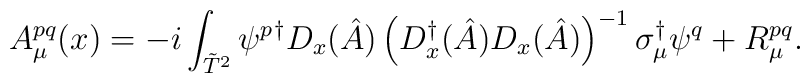
A_\mu^{pq}(x)=-i \int_{\tilde T^2}  \psi^p{}^\dagger D_x(\hat A)\left(D_x^\dagger(\hat A)D_x(\hat A)\right)^{-1}\sigma^\dagger_\mu\psi^q +R_\mu^{pq}.